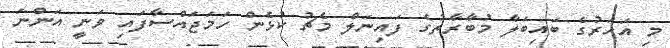
މި އަހަރުގެ ބައިބަލާ މުބާރާތުގެ ފައިނަލް މެޗު ކުޅެން ހަމަޖައްސާފައި ވަނީ އަންނަ